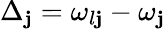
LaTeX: \Delta_{\mathbf{j}}=\omega_{l\mathbf{j}}-\omega_{\mathbf{j}}